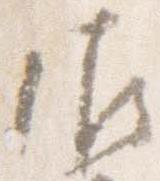
御